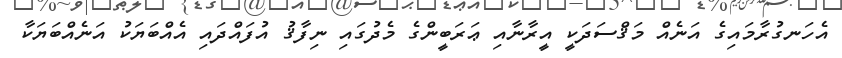
އެހަނގުރާމައިގެ އަނެއް މަޤްސަދަކީ އީރާނާއި ޢަރަބީންގެ މެދުގައި ނިފާޤު އުފައްދައި އެއްބަޔަކު އަނެއްބަޔަކާ